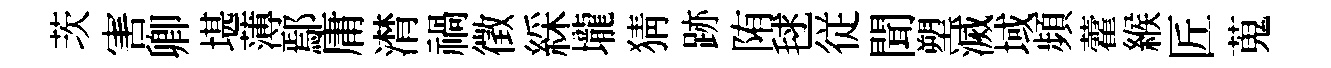
茨害卿堪薄鄢庸潸禍徵綵壠猜跡陏毬従聞塑滅域頻藿緱匠蒐